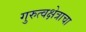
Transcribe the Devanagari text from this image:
गुरुत्वक्षेत्राचा